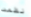
نظمت